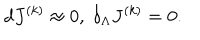
d J ^ { ( k ) } \approx 0 , \; \delta _ { \Lambda } J ^ { ( k ) } = 0 .